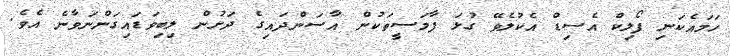
ހަމައެކަނި ފޯލިކް އެސިޑް އެކުލެވޭ ގުޅަ ފާމަސީތަކުން އާސަންދައިގެ ދަށުން ލިބިވަޑައިގަންނަވާނެ އެވެ.